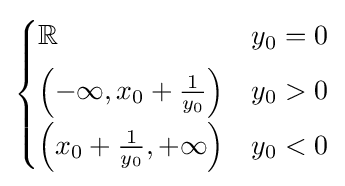
{\begin{cases}\mathbb {R} &y_{0}=0\\[4pt]\left(-\infty ,x_{0}+{\frac {1}{y_{0}}}\right)&y_{0}>0\\[4pt]\left(x_{0}+{\frac {1}{y_{0}}},+\infty \right)&y_{0}<0\end{cases}}